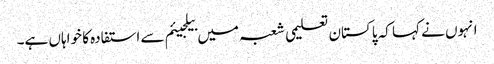
انہوں نے کہا کہ پاکستان تعلیمی شعبہ میں بیلجیئم سے استفادہ کا خواہاں ہے۔